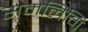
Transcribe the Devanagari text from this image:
समलिंगि